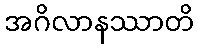
အဂိလာနဿာတိ